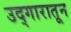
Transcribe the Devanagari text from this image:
उद्गारातून